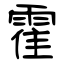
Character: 霍